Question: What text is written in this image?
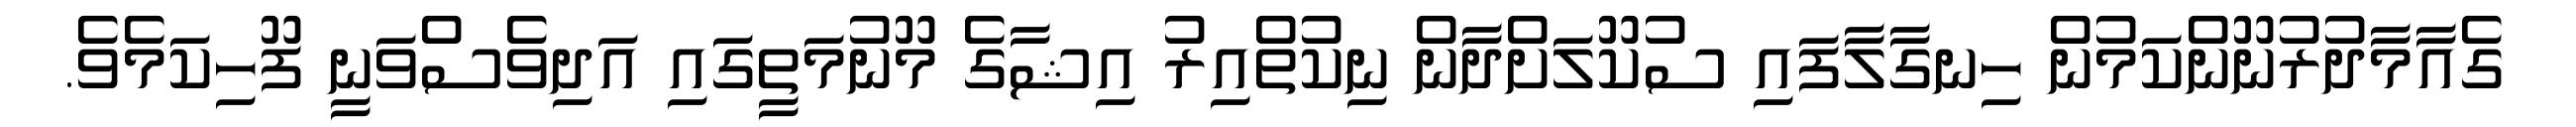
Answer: ގެއާމާދުރުނޫންކަމުން ހިނގާލާފައި ސުކޫލަށްދާން ނިކުތްއިރު އިޝާގެ މޫނުމަތީގައި އަދިވެސްވަނީ ފޫހިކަމެވެ.